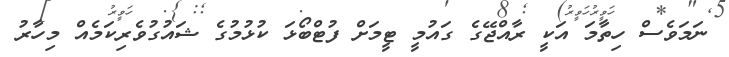
ނަމަވެސް ހިތާމަ އަކީ ރާއްޖޭގެ ގައުމީ ޓީމަށް ފުޓްބޯޅަ ކުޅުމުގެ ޝައުގުވެރިކަމެއް މިހާރު